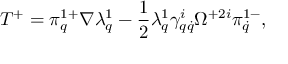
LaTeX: T ^ { + } = \pi _ { q } ^ { 1 + } \nabla \lambda _ { q } ^ { 1 } - \frac 1 2 \lambda _ { q } ^ { 1 } \gamma _ { q \dot { q } } ^ { i } \Omega ^ { + 2 i } \pi _ { \dot { q } } ^ { 1 - } ,